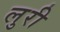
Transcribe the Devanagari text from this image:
लुरी